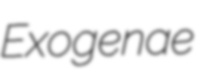
Exogenae